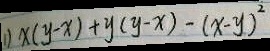
1 ) x ( y - x ) + y ( y - x ) - ( x - y ) ^ { 2 }